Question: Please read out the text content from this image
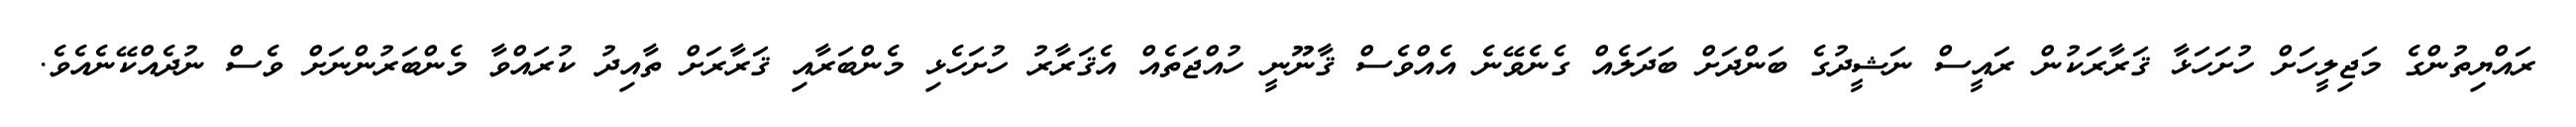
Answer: ރައްޔިތުންގެ މަޖިލީހަށް ހުށަހަޅާ ޤަރާރަކުން ރައީސް ނަޝީދުގެ ބަންދަށް ބަދަލެއް ގެނެވޭނެ އެއްވެސް ޤާނޫނީ ހުއްޖަތެއް އެޤަރާރު ހުށަހެޅި މެންބަރާއި ޤަރާރަށް ތާއިދު ކުރައްވާ މެންބަރުންނަށް ވެސް ނުދެއްކޭނެއެވެ.